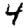
Digit: 4